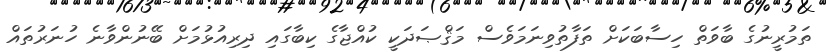
ތަމުރީނުގެ ބާވަތް ހިސާބަކަށް ތަފާތުވިނަމަވެސް މަޤްޞަދަކީ ކުއްޖާގެ ކިބާގައި ދިރިއުޅުމަށް ބޭނުންވާނެ ހުނަރުތައް